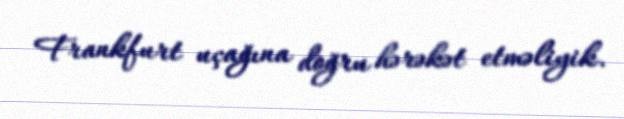
Frankfurt uçağına doğru hərəkət etməliyik.